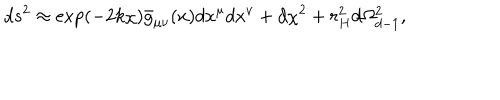
d s ^ { 2 } \approx \exp \left( - 2 k \chi \right) \bar { g } _ { \mu \nu } ( x ) d x ^ { \mu } d x ^ { \nu } + d \chi ^ { 2 } + r _ { H } ^ { 2 } d \Omega _ { d - 1 } ^ { 2 } ,